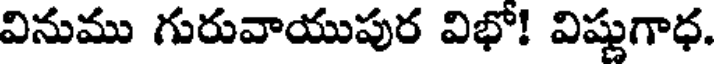
వినుము గురువాయుపుర విభో! విష్ణుగాధ.